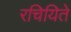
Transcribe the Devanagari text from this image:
रचियिते